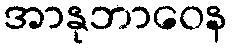
အာနုဘာဝေန